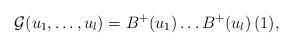
LaTeX: \begin{align*}\mathcal G(u_1,\dots, u_l)=B^+(u_1)\dots B^+(u_l)\, (1),\end{align*}